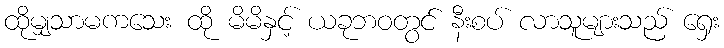
ထိုမျှသာမကသေး ထို မိမိနှင့် ယခုဘဝတွင် နီးစပ် လာသူများသည် ရှေး